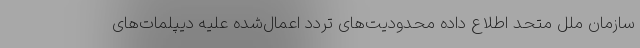
سازمان ملل متحد اطلاع داده محدودیت‌های تردد اعمال‌شده علیه دیپلمات‌های